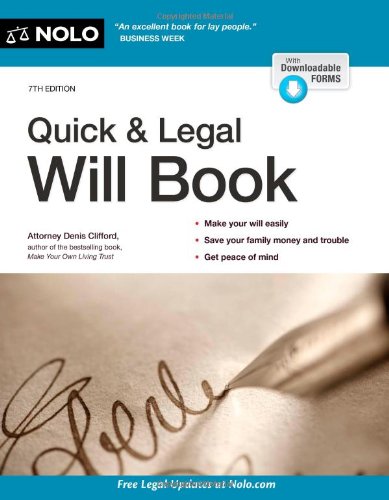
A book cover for Quick & Legal Will Book; Denis Clifford; Law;